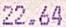
22.64